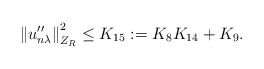
\begin{align*}{\Vert u_{n\lambda}^{\prime \prime}\Vert}^2_{Z_R} \le K_{15}:=K_8K_{14} + K_9.\end{align*}